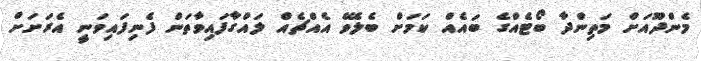
މެންދޫއަށް މަތިންދާ ބޯޓެއްގެ ބައެއް ކަމަށް ބެލެވޭ އެއްޗެއް ލައްގާފައިވާތަން ފެނިފައިވަނީ އެރަށަށް